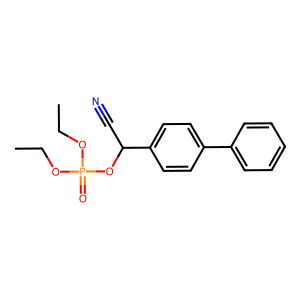
SMILES: CCOP(=O)(OCC)OC(C#N)c1ccc(-c2ccccc2)cc1
Inhibits HIV replication: No